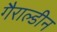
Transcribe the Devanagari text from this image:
गैराल्डीन